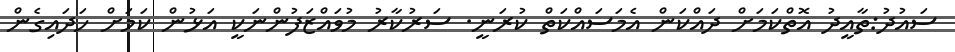
ސައުދު:ތާއީދު އޮތްކަމަށް ދައްކަން އެމަސައްކަތް ކުރަނީ. ސަރުކާރު މުވައްޒަފުންނަކީ އަޅުން ކަމަށް ހަދައިގެން